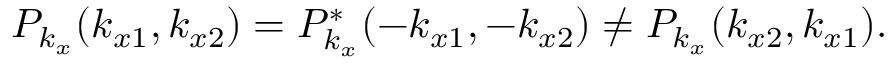
P _ { k _ { x } } ( k _ { x 1 } , k _ { x 2 } ) = P _ { k _ { x } } ^ { * } ( - k _ { x 1 } , - k _ { x 2 } ) \neq P _ { k _ { x } } ( k _ { x 2 } , k _ { x 1 } ) .